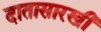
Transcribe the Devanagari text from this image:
दातासारखी